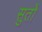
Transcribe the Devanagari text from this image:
सुतों